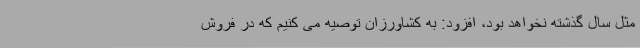
مثل سال گذشته نخواهد بود، افزود: به کشاورزان توصیه می کنیم که در فروش